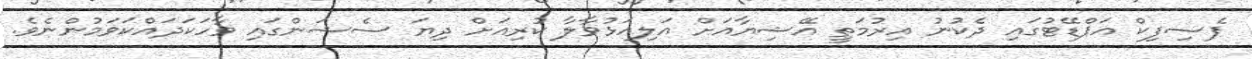
ޕެސިފިކް އަޕްޑޭޓުގައި ދެކުނު އިރުމަތީ އޭޝިޔާއަށް އަލިއަޅުވާލާ ކުރިއަށް ދިޔަ ސެޝަންގައި ވާހަކަދައްކަވަމުންނެވެ.